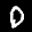
Label: 0